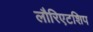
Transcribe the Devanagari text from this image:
लौरिएटशिप